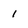
Character: 1